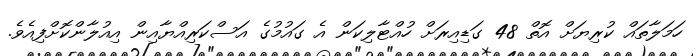
ހަމަލާތައް ކުރިޔަށް އޮތް 48 ގަޑިއިރަށް ހުއްޓާލިކަން އެ ގައުމުގެ އަސްކަރިއްޔާއިން އިއުލާންކޮށްފިއެވެ.